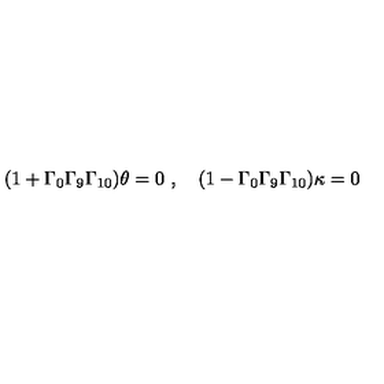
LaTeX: ( 1 + \Gamma _ { 0 } \Gamma _ { 9 } \Gamma _ { 1 0 } ) \theta = 0 \ , \quad ( 1 - \Gamma _ { 0 } \Gamma _ { 9 } \Gamma _ { 1 0 } ) \kappa = 0